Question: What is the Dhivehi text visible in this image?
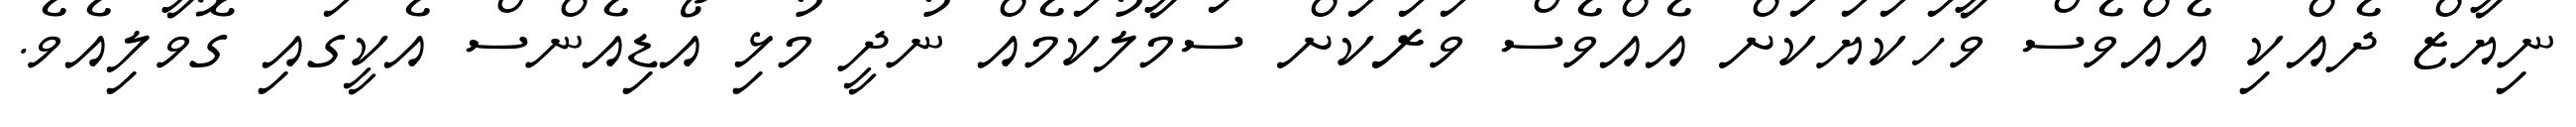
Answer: ނިޔާޒް ދެއްކި އެއްވެސް ވާހަކަޔަކަށް އެއްވެސް ވަރަކަށް ސަމާލުކަމެއް ނުދީ މުޅި އޯޑިއެންސް އެކީގައި ގޮވާލިއެވެ.